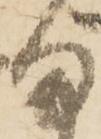
ま